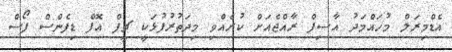
އެޑްމިރަލް މުހައްމަދު އާސިފް ރާއްޖެއަށް ކުރެއްވި މިދަތުރުފުޅަކީ ޗީފް އޮފް ޑިފެންސް ފޯސް